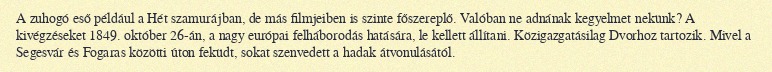
A zuhogó eső például a Hét szamurájban, de más filmjeiben is szinte főszereplő. Valóban ne adnának kegyelmet nekünk? A kivégzéseket 1849. október 26-án, a nagy európai felháborodás hatására, le kellett állítani. Közigazgatásilag Dvorhoz tartozik. Mivel a Segesvár és Fogaras közötti úton feküdt, sokat szenvedett a hadak átvonulásától.